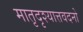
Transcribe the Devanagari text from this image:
मातृदृश्यात्तवदनो